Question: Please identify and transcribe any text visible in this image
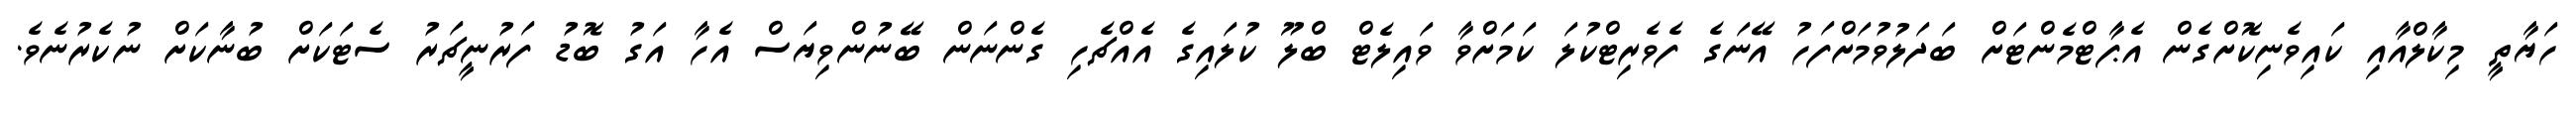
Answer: ހަޔާތީ މިކާލްއާއި ކައިވެނިކޮށްގެން އެޕާޓްމެންޓަށް ބަދަލުވުމަށްފަހު އޭނަގެ ފެވެރިޓްކުލަ ކަމަށްވާ ވައިލެޓް ބްލޫ ކުލައިގެ އެއްޗެހި ގެންނަން ބޭނުންވިޔަސް އެހާ އަގު ބޮޑު ފަރުނީޗަރު ސެޓަކަށް ބުނާކަށް ނުކެރުނެވެ.